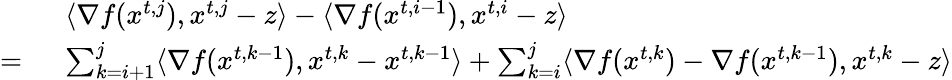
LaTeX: \begin{array}{rl}&{\langle\nabla f({x}^{t,j}),{x}^{t,j}-{z}\rangle-\langle\nabla f({x}^{t,i-1}),{x}^{t,i}-{z}\rangle}\\ {=\ }&{\sum_{k=i+1}^{j}\langle\nabla f({x}^{t,k-1}),{x}^{t,k}-{x}^{t,k-1}\rangle+\sum_{k=i}^{j}\langle\nabla f({x}^{t,k})-\nabla f({x}^{t,k-1}),{x}^{t,k}-{z}\rangle}\end{array}